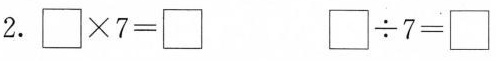
2.$$\Box \times 7= \Box$$ $$\Box \div 7 = \Box$$